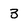
Character: 3